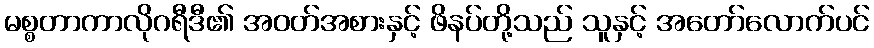
မစ္စတာကာလိုဂရီဒီ၏ အဝတ်အစားနှင့် ဖိနပ်တို့သည် သူနှင့် အတော်လောက်ပင်